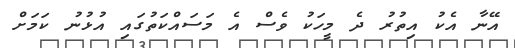
އޭނާ އެކު އިތުރު ދެ މީހަކު ވެސް އެ މަސައްކަތުގައި އުޅުނު ކަމަށް